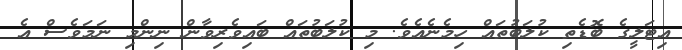
އިޓަލީގެ ބޮޑެތި ކުލަބުތައް ހިމެނެއެވެ. މި ކުލަބުތައް ބައިވެރިވާން ނިންމި ނަމަވެސް އެ